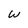
Character: W